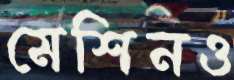
মেশিনও